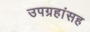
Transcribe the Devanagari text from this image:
उपग्रहांसह